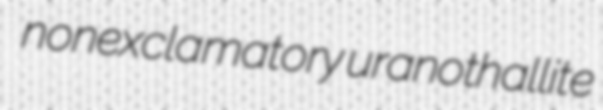
nonexclamatory uranothallite